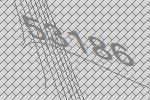
53186